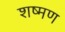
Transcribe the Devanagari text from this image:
शष्मण